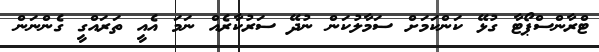
ޓްރާންސްޕޯޓާ ގުޅޭ ކަންކަމަށް ސަމާލުކަން ނުދޭ ސަރުކާރެއް ނަމަ އެއީ ތަރައްގީ ގެންނަން